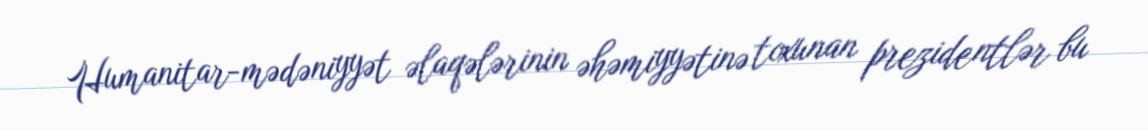
Humanitar-mədəniyyət əlaqələrinin əhəmiyyətinə toxunan prezidentlər bu